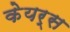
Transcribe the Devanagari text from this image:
केयर्स